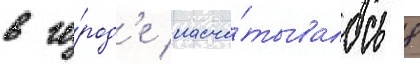
в го́род'е насчи́тывалось 8